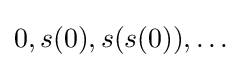
0,s(0),s(s(0)),\dots